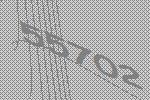
55702